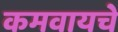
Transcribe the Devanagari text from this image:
कमवायचे